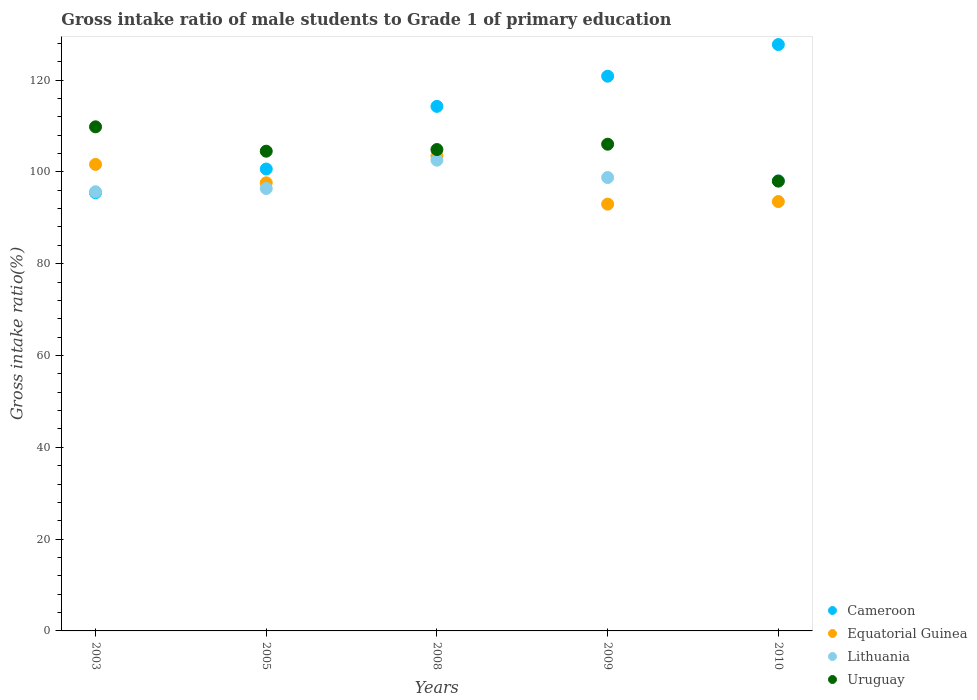
| Years | Cameroon | Equatorial Guinea | Lithuania | Uruguay |
 | --- | --- | --- | --- | --- |
 | 2003 | 95.5 | 102 | 95.7 | 110 |
 | 2005 | 101 | 97.6 | 96.4 | 105 |
 | 2008 | 114 | 103 | 103 | 105 |
 | 2009 | 121 | 93 | 98.8 | 106 |
 | 2010 | 128 | 93.5 | 98.1 | 98 |